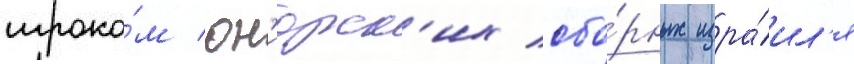
игроко́м юн'иорск'их сбо́рных изра́ил'я